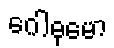
ဂေါဓုမော